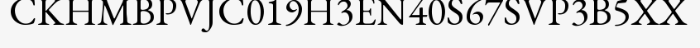
CKHMBPVJC019H3EN40S67SVP3B5XX